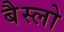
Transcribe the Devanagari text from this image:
बैस्लो